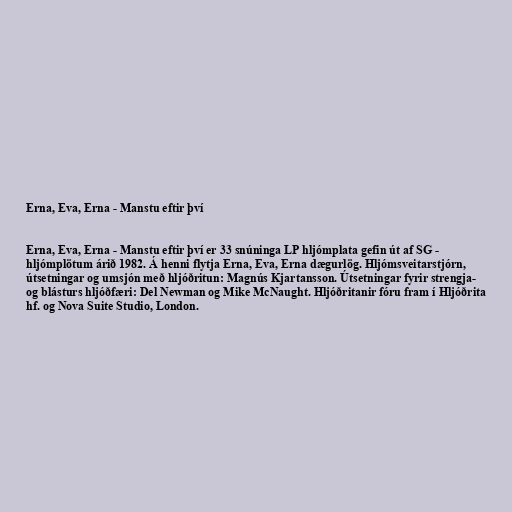
Erna, Eva, Erna - Manstu eftir því

Erna, Eva, Erna - Manstu eftir því er 33 snúninga LP hljómplata gefin út af SG -
hljómplötum árið 1982. Á henni flytja Erna, Eva, Erna dægurlög. Hljómsveitarstjórn,
útsetningar og umsjón með hljóðritun: Magnús Kjartansson. Útsetningar fyrir strengja-
og blásturs hljóðfæri: Del Newman og Mike McNaught. Hljóðritanir fóru fram í Hljóðrita
hf. og Nova Suite Studio, London.